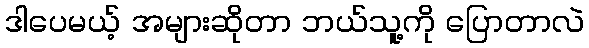
ဒါပေမယ့် အများဆိုတာ ဘယ်သူ့ကို ပြောတာလဲ